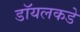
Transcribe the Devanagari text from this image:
डॉयलकडे